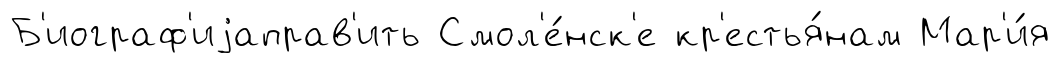
Б'иограф'иjаправ'ить Смол'е́нск'е кр'естья́нам Мар'и́я